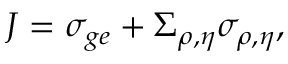
J = \sigma _ { g e } + \Sigma _ { \rho , \eta } \sigma _ { \rho , \eta } ,